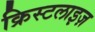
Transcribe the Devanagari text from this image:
क्रिस्टलाइज़